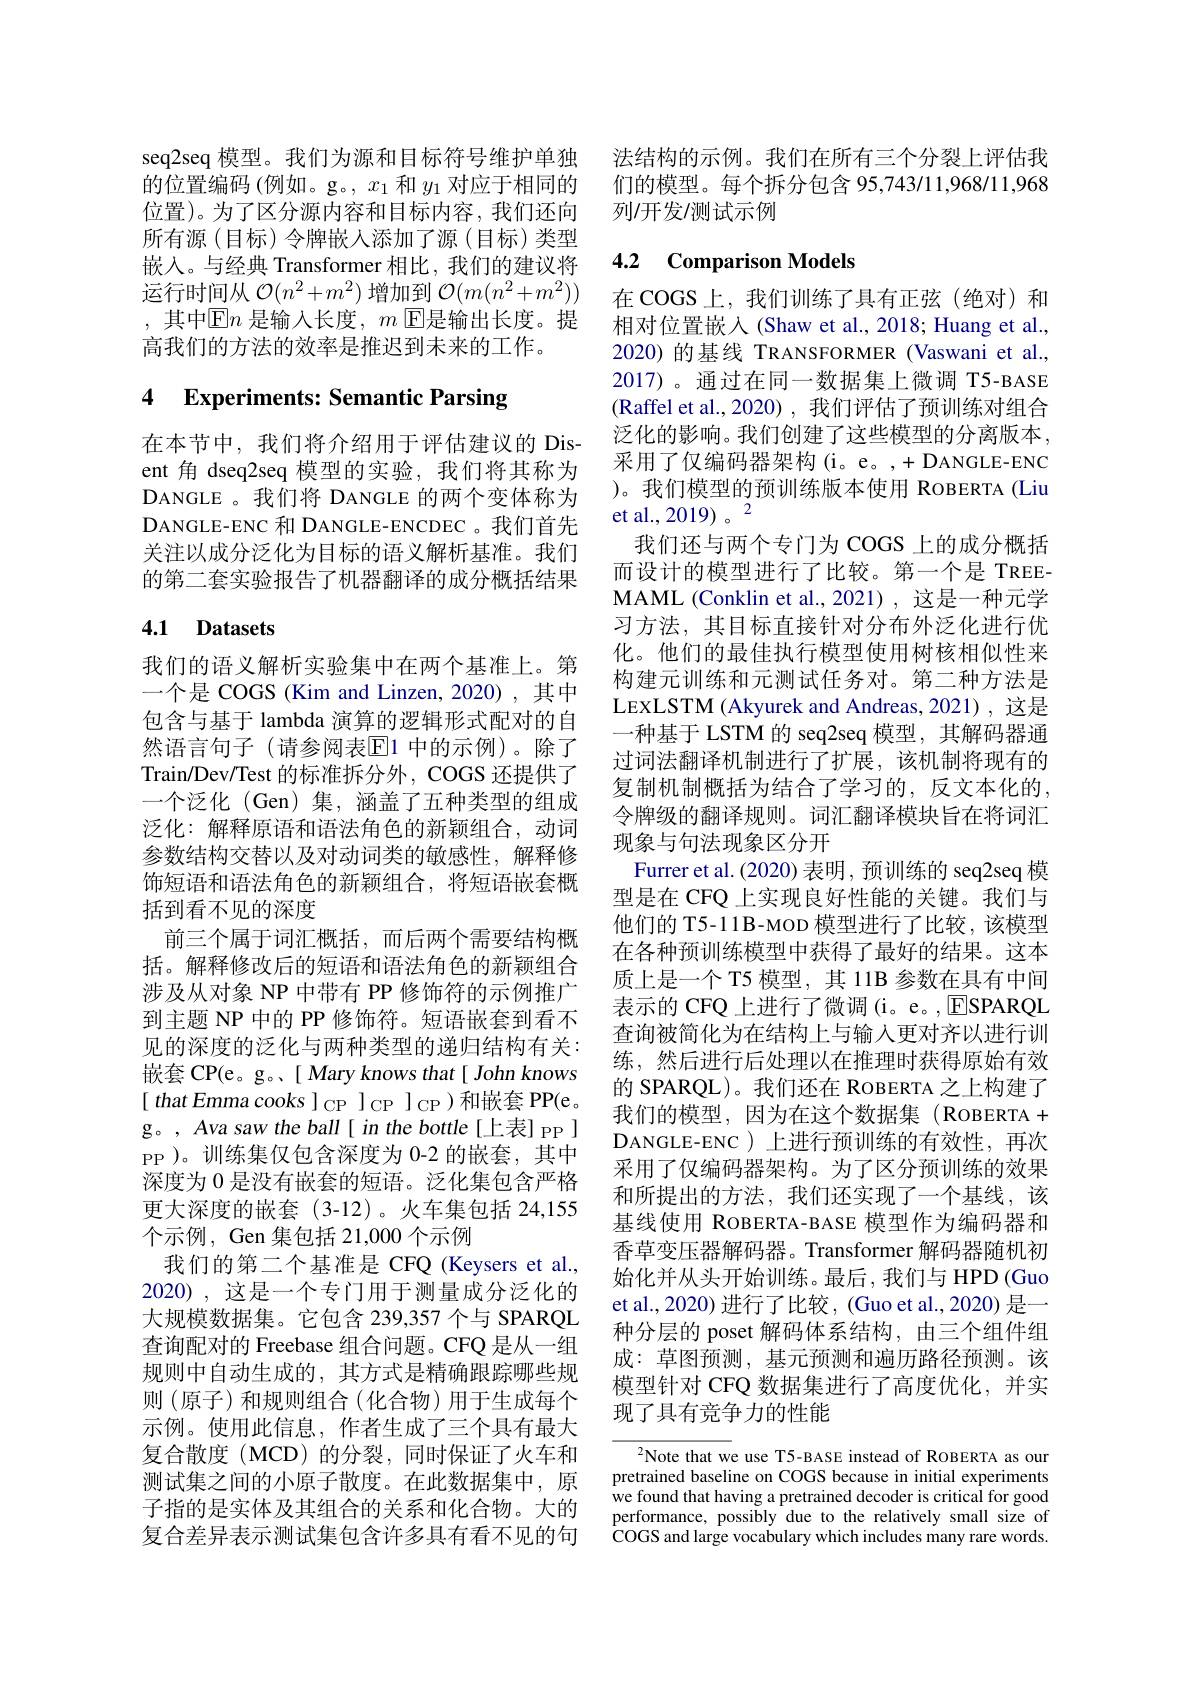
的位置编码(例如。g。, $x_1$和$y_1$对应于相同的位置)。为了区分源内容和目标内容，我们还向所有源(目标)令牌嵌入添加了源(目标)类型嵌入。与经典 Transformer 相比，我们的建议将运行时间从$\mathcal{O}(n^2+m^2)$增加到$\mathcal{O}(m(n^2+m^2))$ , 其中$\boxed{\text{E}n\text{ 是输入长度，}m\:}$E是输出长度。提高我们的方法的效率是推迟到未来的工作。

## 4 Experiments: Semantic Parsing

在本节中，我们将介绍用于评估建议的 Disent 角 dseq2seq 模型的实验，我们将其称为DANGLE 。我们将 DANGLE 的两个变体称为DANGLE-ENC 和 DANGLE-ENCDEC 。我们首先关注以成分泛化为目标的语义解析基准。我们的第二套实验报告了机器翻译的成分概括结果

## 4.1 Datasets

我们的语义解析实验集中在两个基准上。第一个是 COGS (Kim and Linzen, 2020),其中包含与基于 lambda 演算的逻辑形式配对的自然语言句子(请参阅表$\overline{\mathrm{E}}$1 中的示例)。除了Train/Dev/Test 的标准拆分外，COGS 还提供了一个泛化 (Gen)集，涵盖了五种类型的组成泛化：解释原语和语法角色的新颖组合，动词参数结构交替以及对动词类的敏感性，解释修饰短语和语法角色的新颖组合，将短语嵌套概括到看不见的深度
前三个属于词汇概括，而后两个需要结构概括。解释修改后的短语和语法角色的新颖组合涉及从对象 NP 中带有 PP 修饰符的示例推广到主题 NP 中的 PP 修饰符。短语嵌套到看不见的深度的泛化与两种类型的递归结构有关： 嵌套 CP(e。g。( Mary knows that[ John knows [ that Emma cooks ] CP J CP )和嵌套 PP(e。g。, Ava saw the ball[ in the bottle[上表] PP] PP )。训练集仅包含深度为 0-2 的嵌套，其中深度为 0 是没有嵌套的短语。泛化集包含严格更大深度的嵌套(3-12)。火车集包括 24,155个示例，Gen 集包括 21,000 个示例
我们的第二个基准是 CFQ (Keysers et al., 2020),这是一个专门用于测量成分泛化的大规模数据集。它包含 239,357 个与 SPARQL 查询配对的 Freebase 组合问题。CFQ 是从一组规则中自动生成的，其方式是精确跟踪哪些规则(原子)和规则组合(化合物)用于生成每个示例。使用此信息，作者生成了三个具有最大复合散度(MCD)的分裂，同时保证了火车和测试集之间的小原子散度。在此数据集中，原子指的是实体及其组合的关系和化合物。大的复合差异表示测试集包含许多具有看不见的句

seq2seq 模型。我们为源和目标符号维护单独 法结构的示例。我们在所有三个分裂上评估我
们的模型。每个拆分包含 95,743/11,968/11,968
列/开发/测试示例

## 4.2 Comparison Models

在 COGS 上，我们训练了具有正弦(绝对)和相对位置嵌入(Shaw et al.,2018; Huang et al., 2020) 的基线 TRANSFORMER (Vaswani et al., 2017)。通过在同一数据集上微调 T5-BASE (Raffel et al.,2020),我们评估了预训练对组合泛化的影响。我们创建了这些模型的分离版本， 采用了仅编码器架构(i。e。,+DANGLE-ENC )。我们模型的预训练版本使用 ROBERTA (Liu et al.,2019)。2
我们还与两个专门为 COGS 上的成分概括而设计的模型进行了比较。第一个是 TREEMAML (Conklin et al.,2021),这是一种元学习方法，其目标直接针对分布外泛化进行优化。他们的最佳执行模型使用树核相似性来构建元训练和元测试任务对。第二种方法是LEXLSTM (Akyurek and Andreas, 2021), 这是一种基于 LSTM 的 seq2seq 模型，其解码器通过词法翻译机制进行了扩展，该机制将现有的复制机制概括为结合了学习的，反文本化的， 令牌级的翻译规则。词汇翻译模块旨在将词汇现象与句法现象区分开
Furrer et al. (2020) 表明，预训练的 seq2seq 模型是在 CFQ 上实现良好性能的关键。我们与他们的 T5-11 B-MOD 模型进行了比较，该模型在各种预训练模型中获得了最好的结果。这本质上是一个 T5 模型，其 11B 参数在具有中间表示的 CFQ 上进行了微调 (i。e。,ESPARQL 查询被简化为在结构上与输入更对齐以进行训练，然后进行后处理以在推理时获得原始有效的 SPARQL)。我们还在 ROBERTA 之上构建了我们的模型，因为在这个数据集(ROBERTA + DANGLE-ENC ) 上进行预训练的有效性，再次采用了仅编码器架构。为了区分预训练的效果和所提出的方法，我们还实现了一个基线，该基线使用 ROBERTA-BASE 模型作为编码器和香草变压器解码器。Transformer 解码器随机初始化并从头开始训练。最后，我们与 HPD (Guo et al., 2020) 进行了比较，(Guo et al., 2020) 是一种分层的 poset 解码体系结构，由三个组件组成：草图预测，基元预测和遍历路径预测。该模型针对 CFQ 数据集进行了高度优化，并实现了具有竞争力的性能

$^{2}$Note that we use T5-BASE instead of ROBERTA as our pretrained baseline on COGS because in initial experiments we found that having a pretrained decoder is critical for good performance, possibly due to the relatively small size of COGS and large vocabulary which includes many rare words